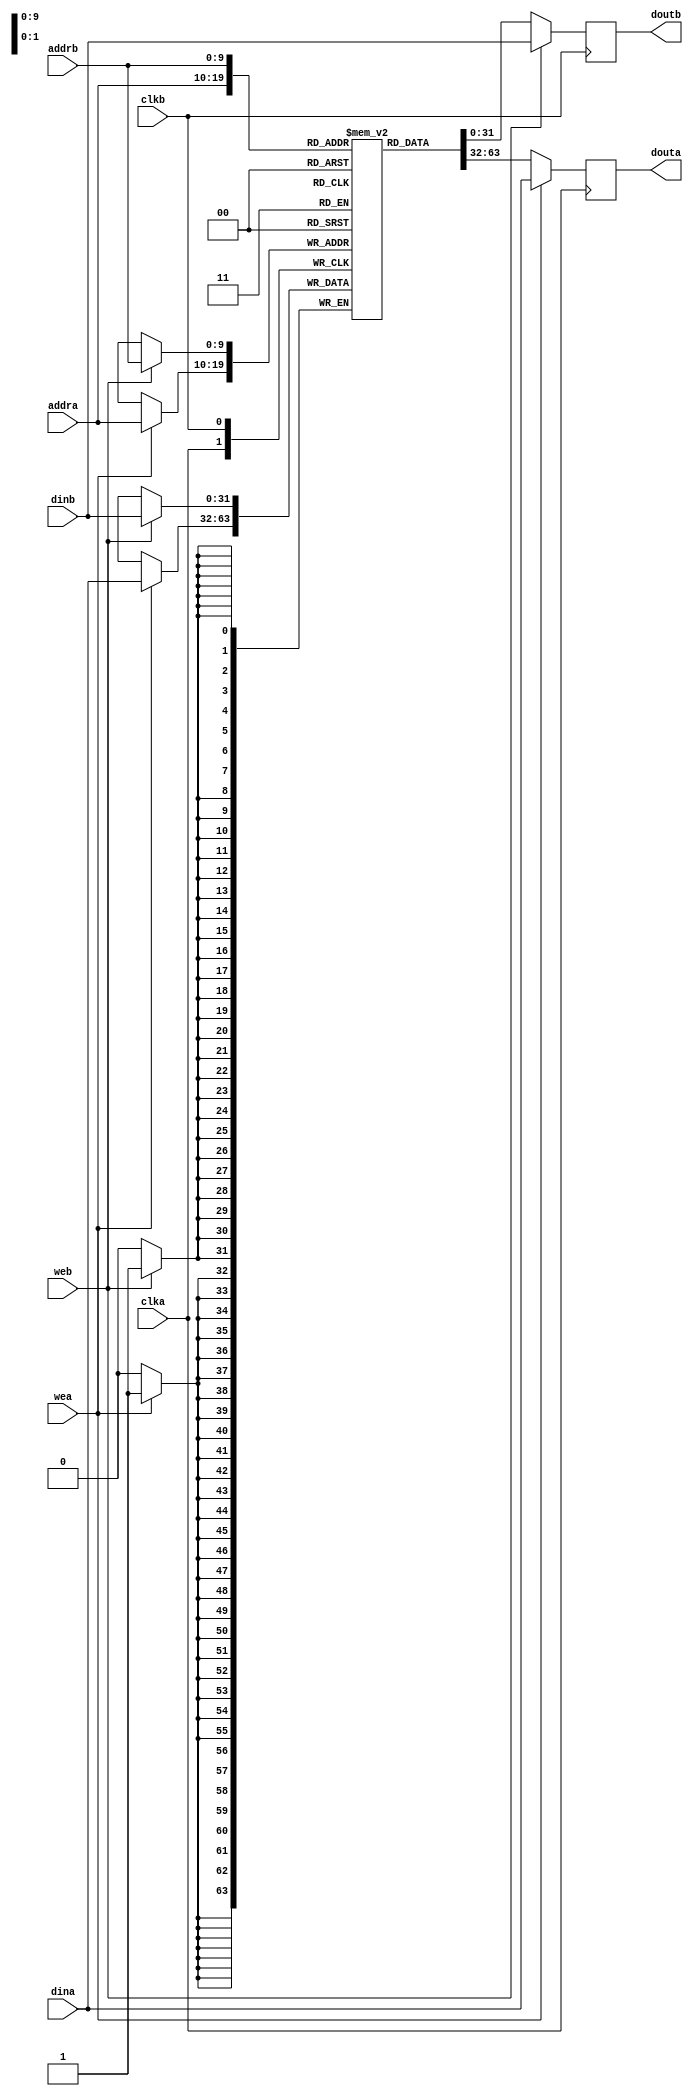
// This program was cloned from: https://github.com/CospanDesign/nysa-verilog
// License: MIT License

/*
  This code was adapted from
  http://danstrother.com/2010/09/11/inferring-rams-in-fpgas/
*/

//A parameterized inverable, dual-clock block ram


`timescale 1ns/1ps

module dpb #(
  parameter DATA_WIDTH = 32,
  parameter ADDR_WIDTH = 10,
  parameter MEM_FILE  = "NOTHING",
  parameter MEM_FILE_LENGTH = 0,
  parameter INITIALIZE = 0
) (
    input                             clka,
    input                             wea,
    input   wire  [ADDR_WIDTH - 1: 0] addra,
    input   wire  [DATA_WIDTH - 1: 0] dina,
    output  reg   [DATA_WIDTH - 1: 0] douta = 0,

    input                             clkb,
    input                             web,
    input   wire  [ADDR_WIDTH - 1: 0] addrb,
    input   wire  [DATA_WIDTH - 1: 0] dinb,
    output  reg   [DATA_WIDTH - 1: 0] doutb = 0
);

//Shared Memory
reg     [DATA_WIDTH - 1: 0]       mem [(1 << ADDR_WIDTH) - 1: 0];

integer i;
generate
if (MEM_FILE != "NOTHING") begin
  initial begin
    $readmemh(MEM_FILE, mem, 0, MEM_FILE_LENGTH - 1);
  end
end
else begin
  initial begin
    if (INITIALIZE == 1) begin
      for (i = 0; i < (1 << ADDR_WIDTH); i = i + 1) begin
        mem[i]      <= 0;
      end
    end
  end
end
endgenerate

//Port A
always @ (posedge clka) begin
  douta          <=              mem[addra];
  if (wea) begin
    douta        <=  dina;
    mem[addra]   <=  dina;
  end
end


//Port B
always @ (posedge clkb) begin
  doutb          <=              mem[addrb];
  if (web) begin
    doutb        <=              dinb;
    mem[addrb]   <=              dinb;
  end
end

endmodule